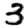
Digit: 3